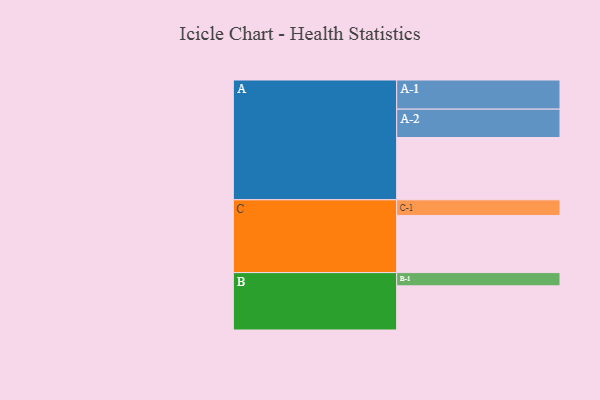
{"axis": {"x": "Segment", "y": "Value"}, "legend": ["", "A", "B", "C"], "data": [{"x": "A", "y": 498, "type": ""}, {"x": "B", "y": 353, "type": ""}, {"x": "C", "y": 457, "type": ""}, {"x": "A-1", "y": 233, "type": "A"}, {"x": "A-2", "y": 227, "type": "A"}, {"x": "B-1", "y": 106, "type": "B"}, {"x": "C-1", "y": 125, "type": "C"}]}